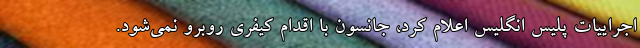
اجراییات پلیس انگلیس اعلام کرد، جانسون با اقدام کیفری روبرو نمی‌شود.